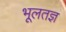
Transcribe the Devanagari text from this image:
भूलतज्ञ